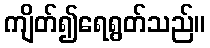
ကျိတ်၍ရေရွတ်သည်။